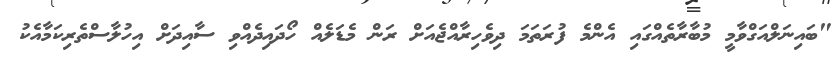
"ބައިނަލްއަގްވާމީ މުބާރާތެއްގައި އެންމެ ފުރަތަމަ ދިވެހިރާއްޖެއަށް ރަން މެޑަލެއް ހޯދައިދެއްވި ސާއިދަށް އިހުލާސްތެރިކަމާއެކު